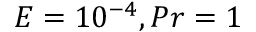
E = 1 0 ^ { - 4 } , P r = 1